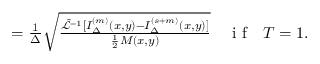
\begin{array} { r l } { \quad } & { { } = \frac { 1 } { \Delta } \sqrt { \frac { \hat { \mathcal { L } } ^ { - 1 } [ I _ { \Delta } ^ { ( m ) } ( x , y ) - I _ { \Delta } ^ { ( s + m ) } ( x , y ) ] } { \frac { 1 } { 2 } M ( x , y ) } } \quad \textrm { i f ~ } T = 1 . } \end{array}